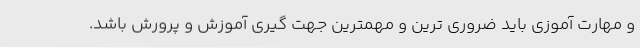
و مهارت آموزی باید ضروری ترین و مهمترین جهت گیری آموزش و پرورش باشد.